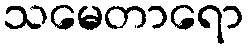
သမေတာရော